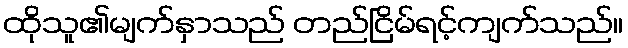
ထိုသူ၏မျက်နှာသည် တည်ငြိမ်ရင့်ကျက်သည်။